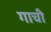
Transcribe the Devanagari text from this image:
गाची